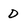
Character: D